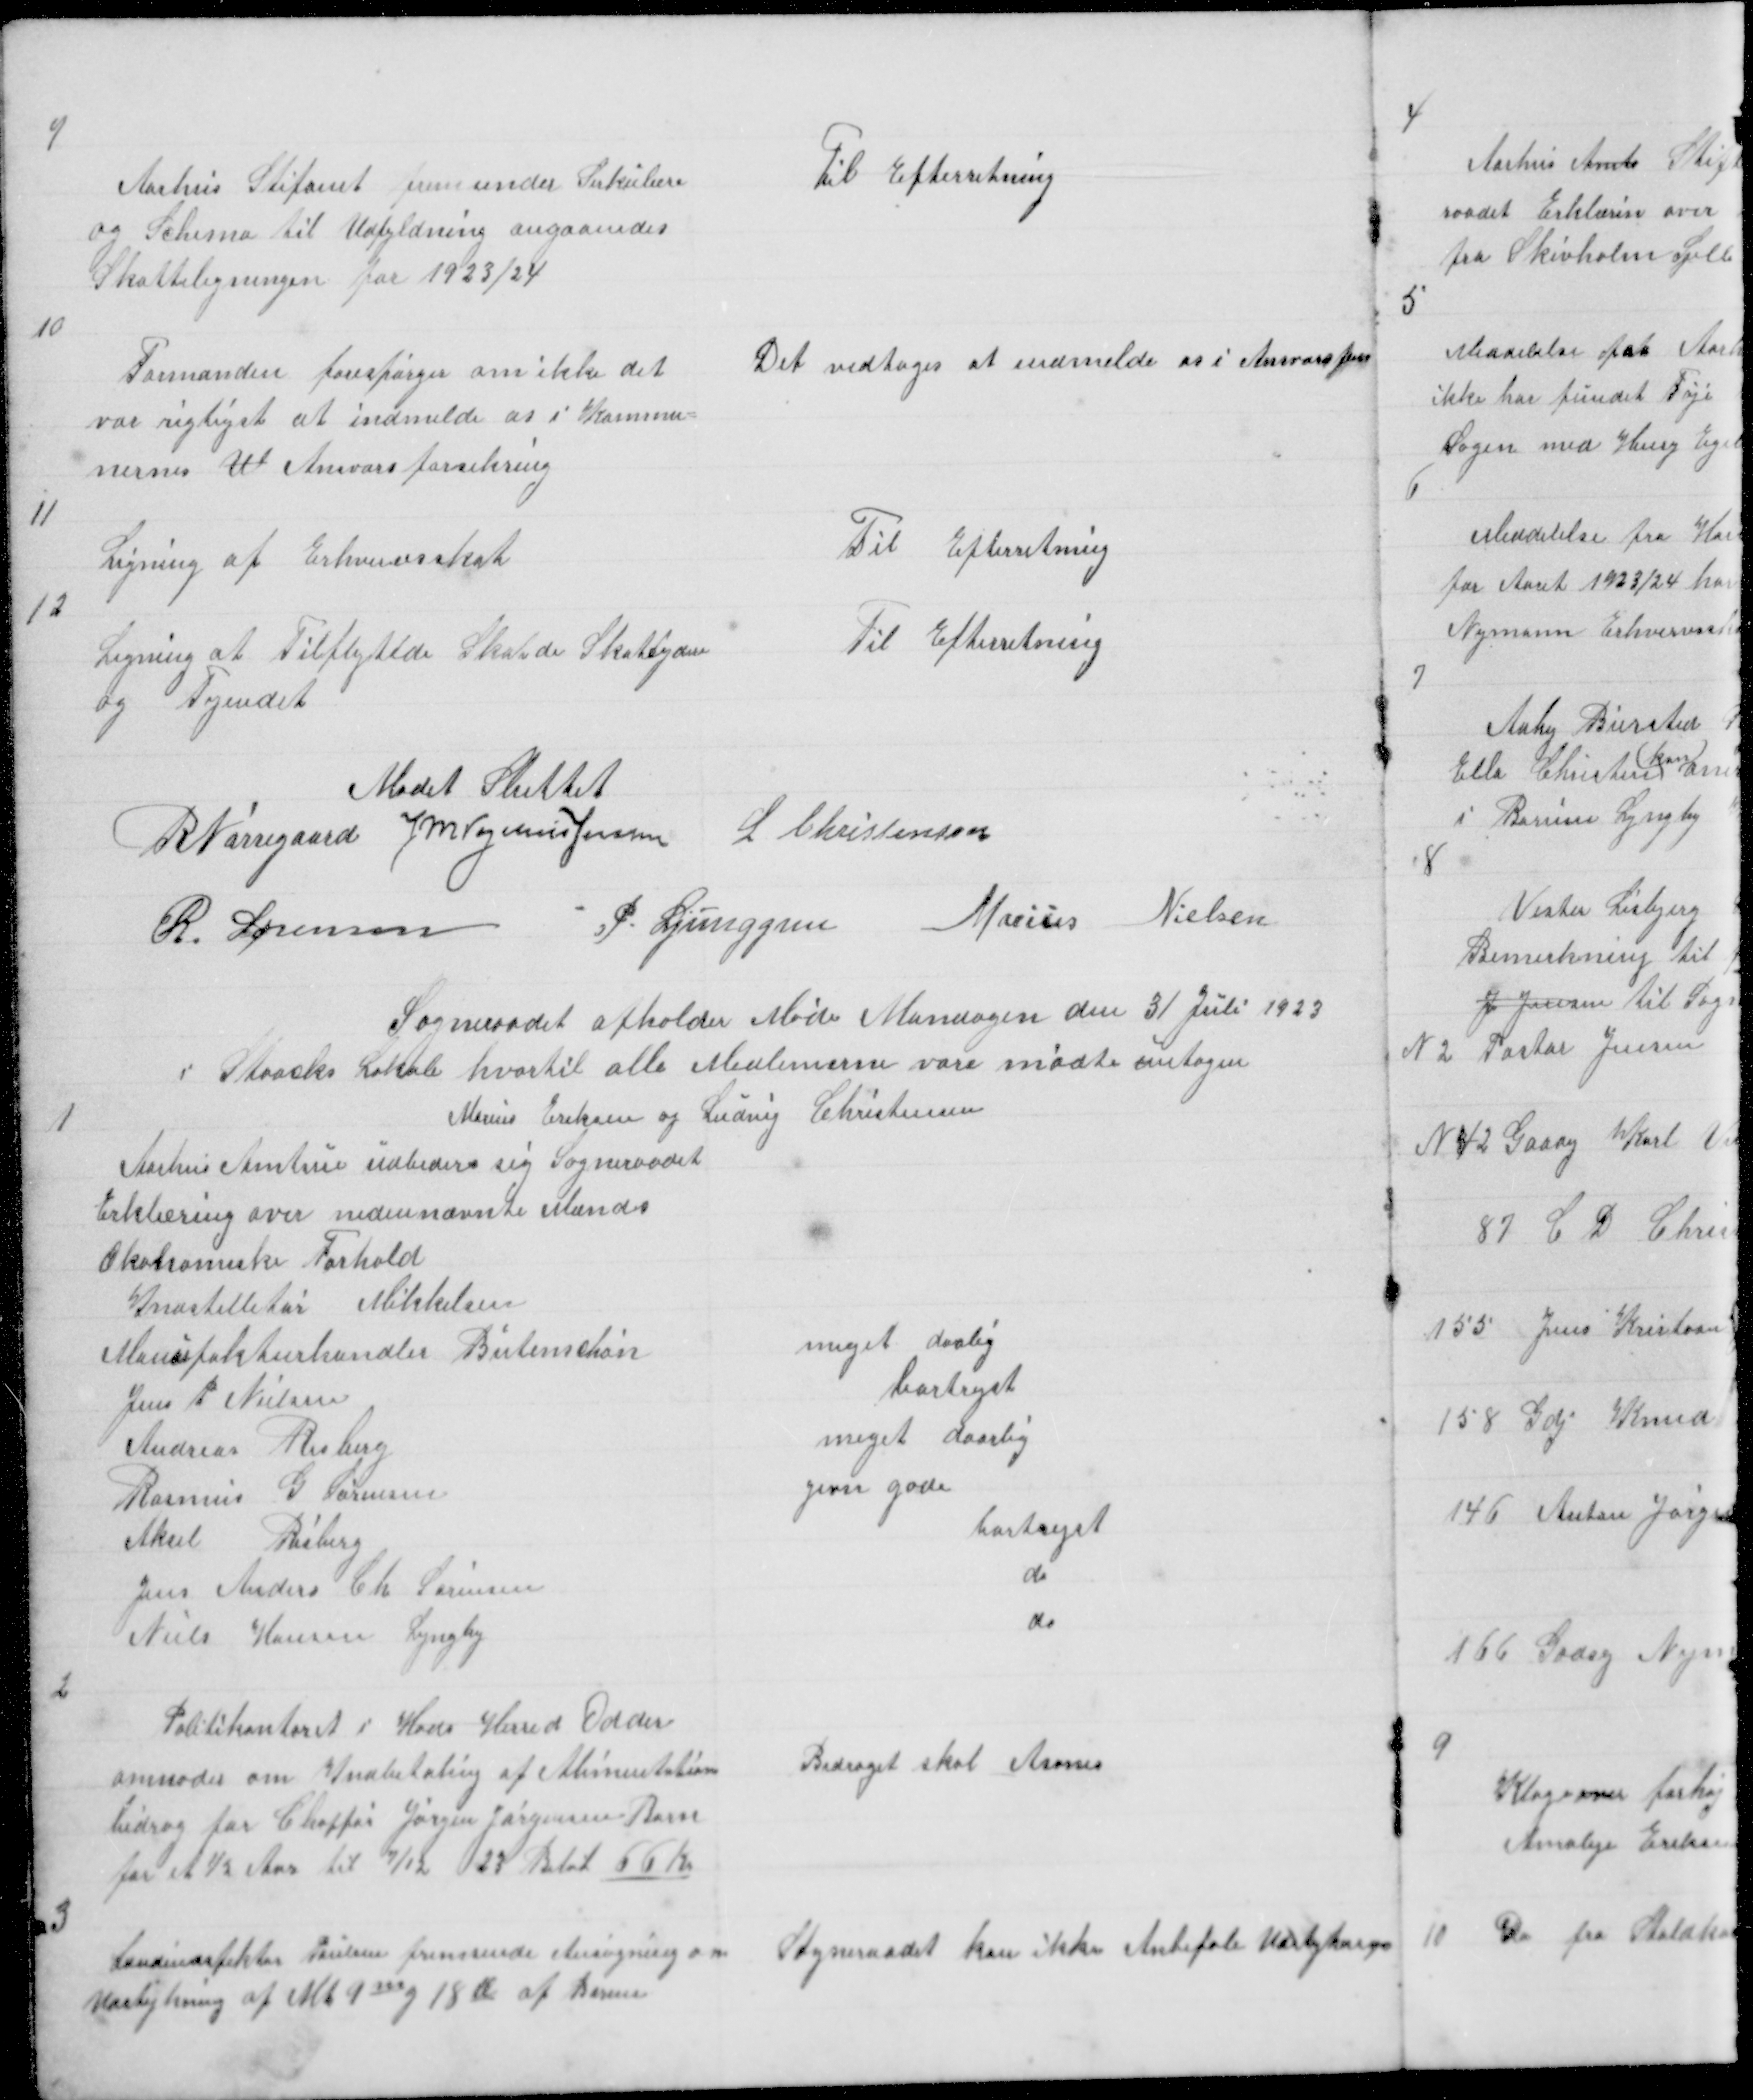
Transskription:
9

Aarhus Stifamt fremsender Sirkulære
og Schema til Udfyldning angaaendes
Skatteligningen for  1923/24

Til Efterretning

10

Formanden forespørger om ikke det
var rigtigst at indmelde os i Kommu =
nernes W Ansvarsforsikring

Det vedtoges at indmelde os i Ansvarsfors

11

Ligning af Erhvervsskat

Til Efterretning

12

Ligning af Tilflyttde Skatede Skattydere
og Tyendet

Til Efteretning

Mødet sluttet
R Nørregaard J M Vogelius Jensen L Christensen
R. Sørensen
P. Ljunggren
Marius Nielsen

Sogneraadet afholder Møde Mandagen den 31 Juli 1923
i Staacks Lokale hvortil alle Medlemerne vare mødte untagen
Marius Eriksen og Ludvig Christensen

1

Aarhus Amtsue udbeders sig Sogneraadet
Erklæring over nedennævnte Mænds
Økonomiske Forhold

2

Politikontoret i Hads Herred Odder
anmoder om Indbetaling af Alimentation
bidrag for Choffør Jørgen Jørgensen Barn
for et ½ Aar til 7/12 23 Beløb 66 Kr

Bidraget skal Asones

3

Landindspektør Poulsen fremsender Ansøgning om
Udstykning af Mt 9m g 18d af Borum

Sogneraadet kan ikke Anbefale Udstyknign